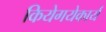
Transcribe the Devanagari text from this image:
कियेगयेकार्य